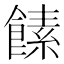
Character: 𩝥